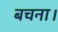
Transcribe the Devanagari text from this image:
बचना।